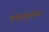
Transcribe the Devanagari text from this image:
वातानुलोमन